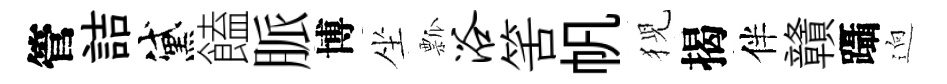
管詰黛饁脈博坐瓢浴筈帆猊揭伴贛躡逈